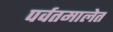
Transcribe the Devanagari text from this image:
पर्वतमालेत